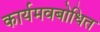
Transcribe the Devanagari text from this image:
कार्यमवबोधित